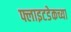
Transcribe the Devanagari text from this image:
फ्लाइटडेकच्या